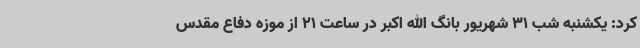
کرد: یکشنبه شب 31 شهریور بانگ الله اکبر در ساعت 21 از موزه دفاع مقدس